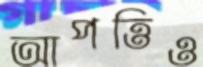
আপত্তিও